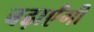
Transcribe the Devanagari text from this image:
बढ़ाएँगी